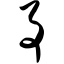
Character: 事